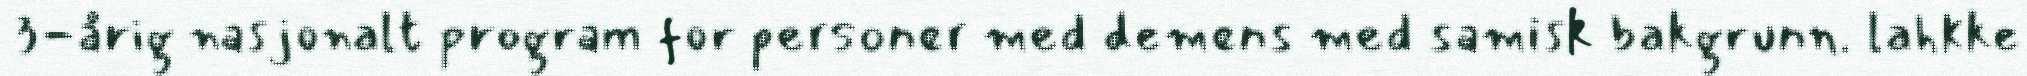
3-årig nasjonalt program for personer med demens med samisk bakgrunn. lahkke